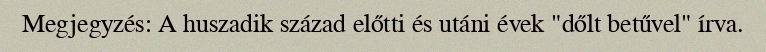
Megjegyzés: A huszadik század előtti és utáni évek "dőlt betűvel" írva.